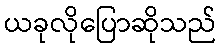
ယခုလိုပြောဆိုသည်